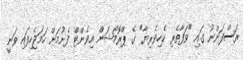
ރަސްފަންނު ގައި "ވަފާތެރި ކެހިވެރިޔާ" ގެ ޕްރޮމޯޝަން އިވެންޓް ފެށުމަށް ހަމަޖެހިފައި ވަނީ